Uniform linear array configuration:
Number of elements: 32
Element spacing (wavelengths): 0.75
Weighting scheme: exponential
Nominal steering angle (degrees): -60
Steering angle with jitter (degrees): -60.914
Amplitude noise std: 0.05
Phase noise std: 0.05

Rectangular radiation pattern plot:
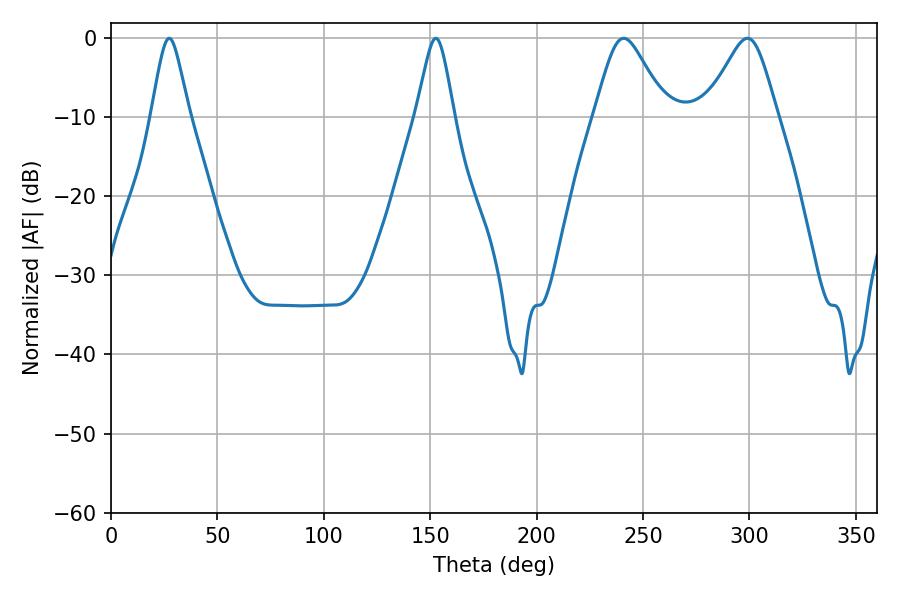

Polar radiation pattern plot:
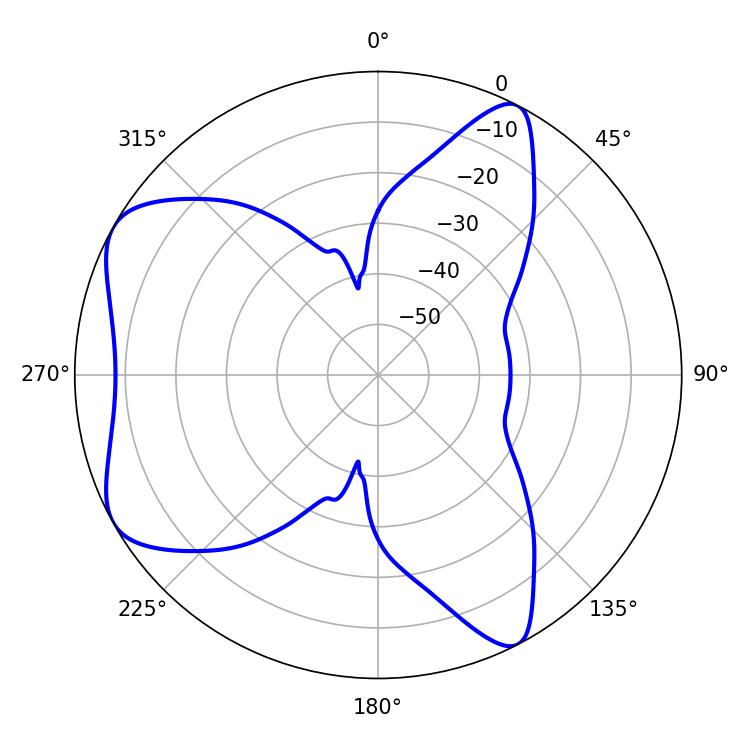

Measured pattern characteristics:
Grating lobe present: TRUE
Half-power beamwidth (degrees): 8.46
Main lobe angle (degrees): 27.36